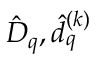
\hat { D } _ { q } , \hat { d } _ { q } ^ { ( k ) }